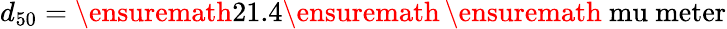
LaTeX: d_{50}=\ensuremath{\mathrm{21.4}}\ensuremath{\, }\ensuremath{\mathrm{\ mu\ meter}}